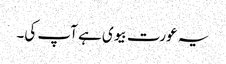
یہ عورت بیوی ہے آپ کی۔